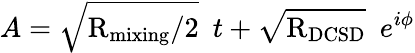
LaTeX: A=\sqrt{\mathrm{R}_{\mathrm{mixing}}/2}\: \; t+\sqrt{\mathrm{R}_{\mathrm{DCSD}}}\: \; e^{i\phi}